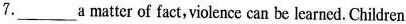
7.___a matter of fact,violence can be learned. Children